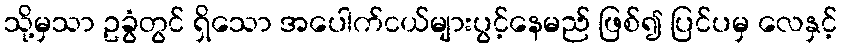
သို့မှသာ ဥခွံတွင် ရှိသော အပေါက်ငယ်များပွင့်နေမည် ဖြစ်၍ ပြင်ပမှ လေနှင့်